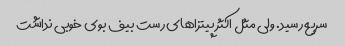
سریع رسید. ولی مثل اکثر پیتزاهای رست بیف بوی خوبی نداشت